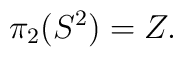
\pi_2(S^2)  =  Z .